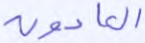
العادون